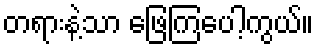
တရားနဲ့သာ ဖြေကြပေါ့ကွယ်။